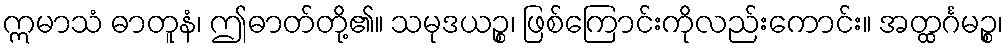
ဣမာသံ ဓာတူနံ၊ ဤဓာတ်တို့၏။ သမုဒယဉ္စ၊ ဖြစ်ကြောင်းကိုလည်းကောင်း။ အတ္ထင်္ဂမဉ္စ၊